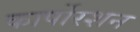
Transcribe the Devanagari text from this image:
कार्पोरशन